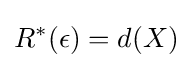
R^{*}(\epsilon )=d(X)